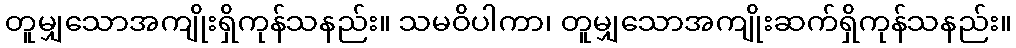
တူမျှသောအကျိုးရှိကုန်သနည်း။ သမဝိပါကာ၊ တူမျှသောအကျိုးဆက်ရှိကုန်သနည်း။